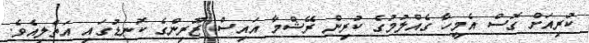
ކުރިއަށް ގޮސް އެމީހާ ގެއްލުމުގެ ކުރިން ރޭޝްމާ އައިސް ޒޫރިންގެ ކޮނޑުގައި އަތްލިއެވެ.